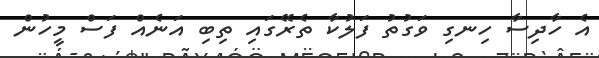
އެ ހާދިސާ ހިނގި ވަގުތު ފަލުކާ ތެރޭގައި ތިބި އަނެއް ފަސް މީހުން